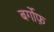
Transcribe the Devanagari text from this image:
बर्गोफ़